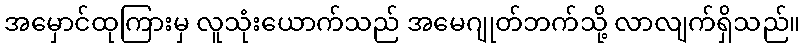
အမှောင်ထုကြားမှ လူသုံးယောက်သည် အမေဂျုတ်ဘက်သို့ လာလျက်ရှိသည်။